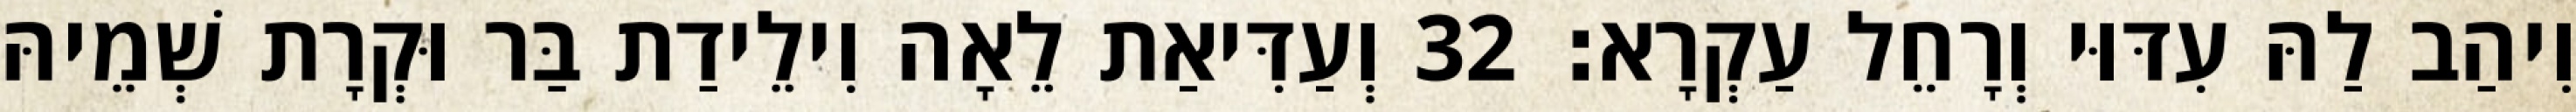
וִיהַב לַהּ עִדּוּי וְרָחֵל עַקְרָא׃ 32 וְעַדִּיאַת לֵאָה וִילֵידַת בַּר וּקְרָת שְׁמֵיהּ